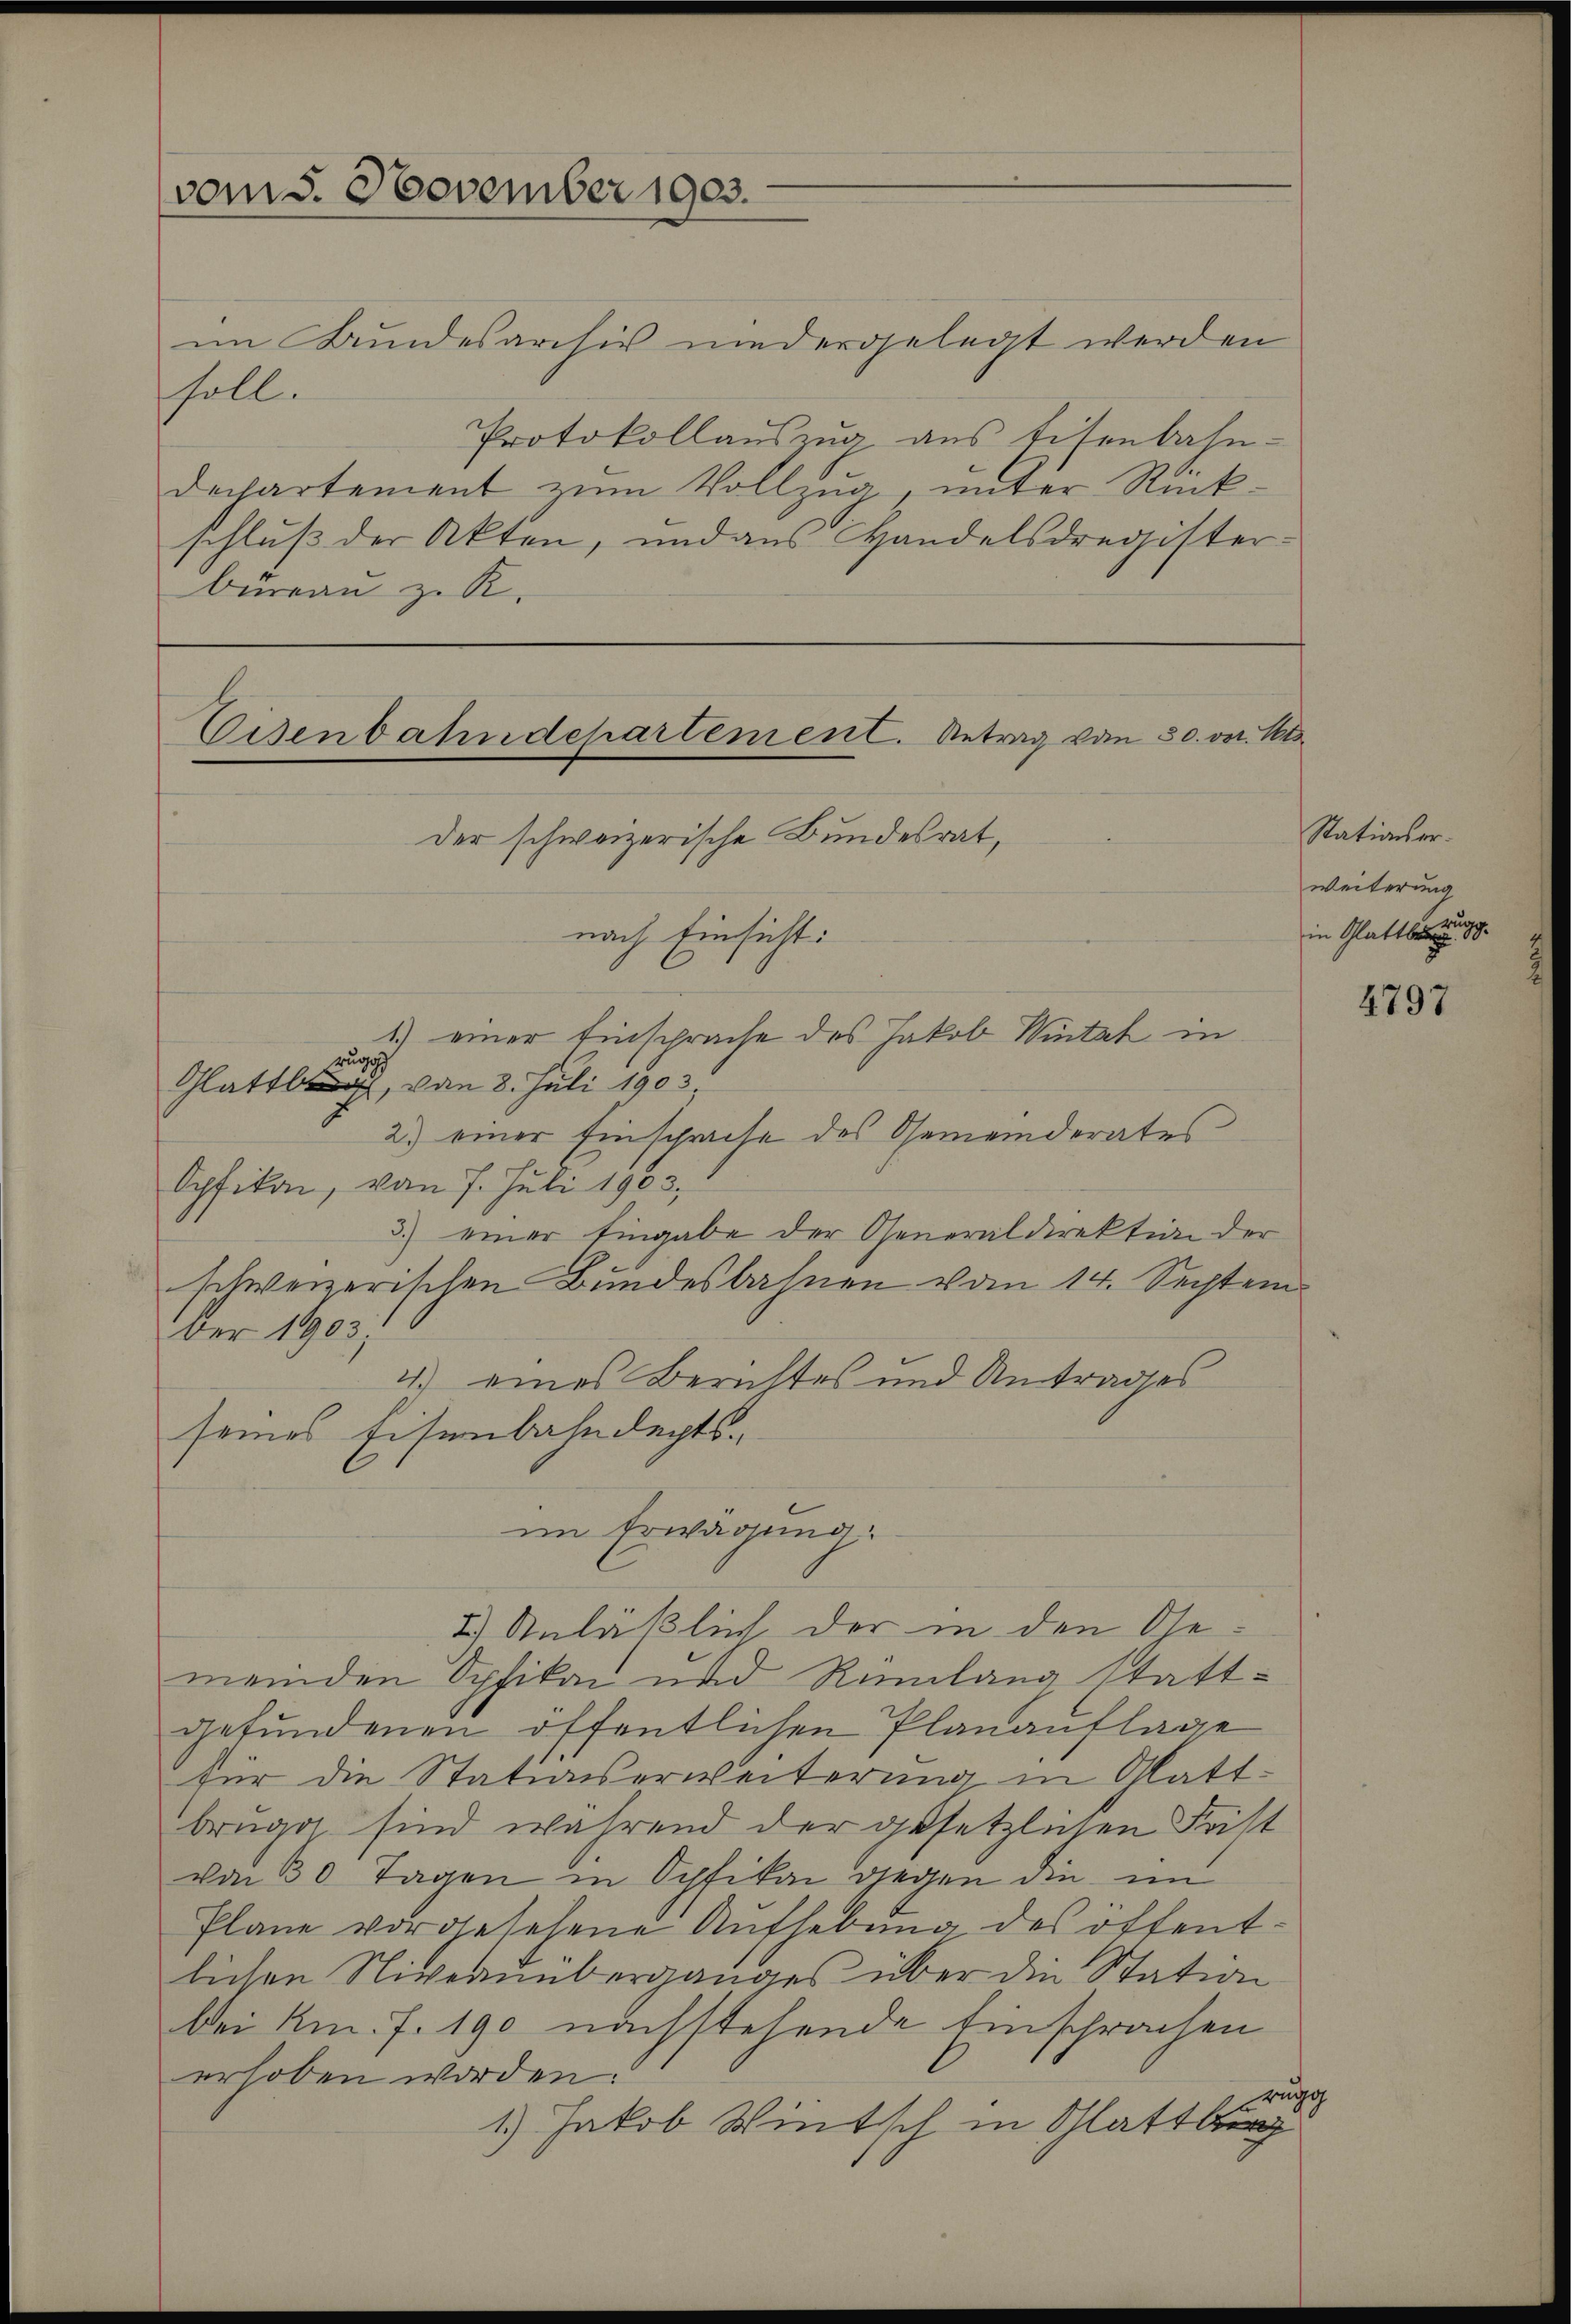
vom 5. November 1903.

im Bundesarchiv niedergelegt werden
soll.
Protokollaŭszŭg ans Eisenbahn-
dechartement zum Vollzug, unter Rückschluß der Akten, und aus Handelsdregister:
birran z. R.

Eisenbahndepartement. Antrag vom 30. vor. Mt
der schweizerische Bundesrat,

nach Einsicht:
1.) einer Einsprache des Jakob Wintel in
zugs
Glattburg, von 3. Juli 1903
2) einer Einsprache des Gemeinderates
Opfikon, vom 7. Juli 1903.
3.) einer Eingabe der Generaldirektion der
schweizerischen Bundesbahnen vom 14. Sechtem
ber 1903,
2) eines Berichtes und Antrages
seines Eisenbahndeptsim Erwägung
2.) Anläßlich der in den Gemeinden Opfikon und Rümlang stattgefundenen öffentlichen Planauflage
für die Stationserweiterung in Glattbrugg sind während der gesetzlichen Frist
von 30 Tagen in Opfikon gegen die im
Plane vorgesehene Aufhebung des öffentlichen Niveauüberganges über die Station
bei Km. 7. 190 nachstehende Einsprachen
erhoben worden.
rugg
1.) Jakob Wintsch in Schlattbr

Stationserweiterung
in Glattberg g

4797